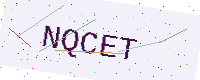
Text: NQCET